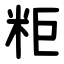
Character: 粔